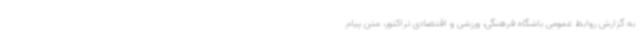
به گزارش روابط عمومی باشگاه فرهنگی، ورزشی و اقتصادی تراکتور، متن پیام